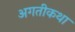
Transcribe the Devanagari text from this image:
अगतीकथा